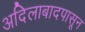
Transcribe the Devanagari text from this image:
अदिलाबादपासून